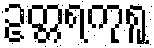
ဥတ္တရကုရူ